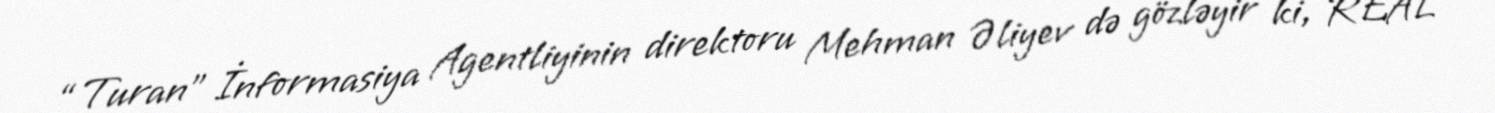
“Turan” İnformasiya Agentliyinin direktoru Mehman Əliyev də gözləyir ki, REAL